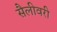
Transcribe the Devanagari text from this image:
सैलीवरी